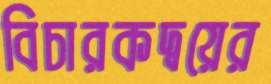
বিচারকদ্বয়ের